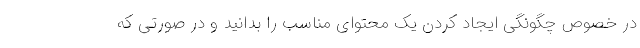
در خصوص چگونگی ایجاد کردن یک محتوای مناسب را بدانید و در صورتی که